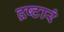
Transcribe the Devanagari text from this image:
द्रष्टारं